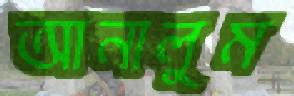
আনালুম